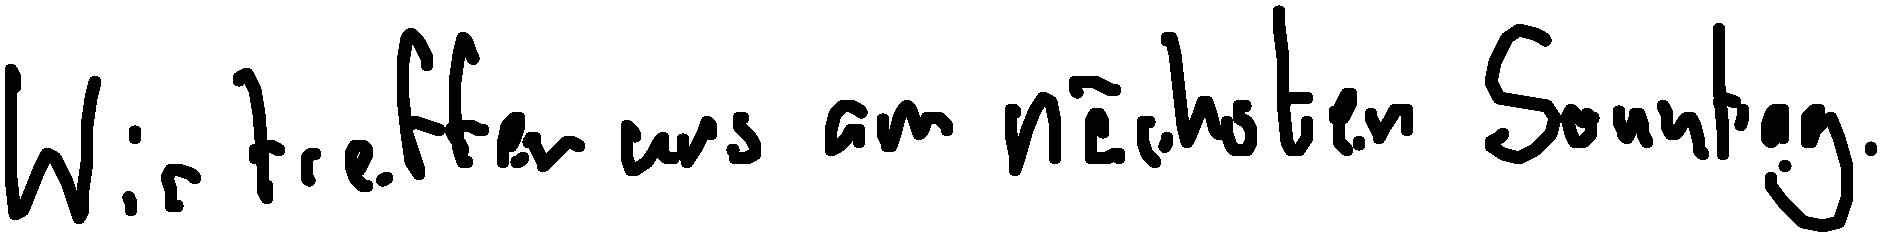
Wir treffen uns am nächsten Sonntag.